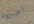
أخبروه